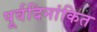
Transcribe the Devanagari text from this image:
पूर्वदिनांकित